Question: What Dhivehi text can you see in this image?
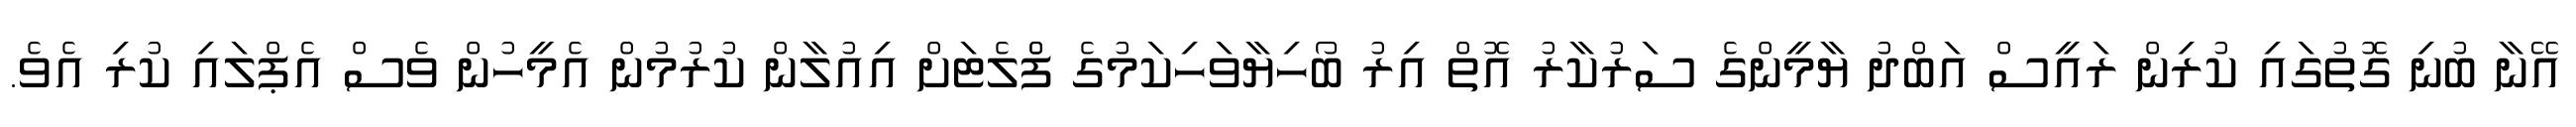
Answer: އޭނާ ބުނި ގޮތުގައި ކުރިން ރައީސް އަބްދު ޔާމީންގެ ސަރުކާރު އޮތް އިރު ބޯހިޔާވަހިކަމުގެ ފްްލެޓަށް އިއުލާން ކުރުމުން އެމީހުން ވެސް އެޕްލައި ކުރި އެވެ.